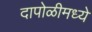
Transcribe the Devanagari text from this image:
दापोळीमध्ये